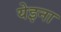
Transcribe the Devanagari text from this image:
येइना